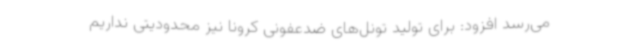
می‌رسد افزود: برای تولید تونل‌های ضدعفونی کرونا نیز محدودیتی نداریم